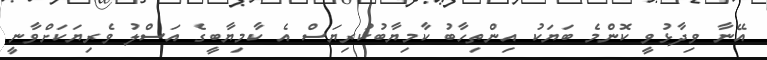
އޭނާ ވިދާޅުވީ ކޮންމެ ބަޔަކު އިންތިހާބު ކާމިޔާބުކުރިޔަސް އެ ކާމިޔާބީގެ އަސްލު ވެރިޔަކަށްވާނީ